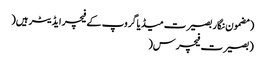
(مضمون نگار بصیرت میڈیاگروپ کے فیچر ایڈیٹر ہیں(
(بصیرت فیچرس(